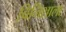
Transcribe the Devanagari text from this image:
बिनिशाला